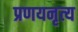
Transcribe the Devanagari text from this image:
प्रणयनृत्य